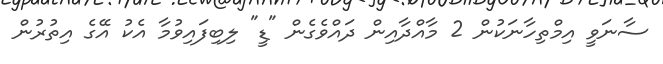
ސާނަވީ އިމްތިހާނަކުން 2 މާއްދާއިން ދައްވެގެން "ޑީ" ލިބިފައިވުމާ އެކު އޭގެ އިތުރުން